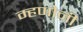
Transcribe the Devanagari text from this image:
म्हणोनी